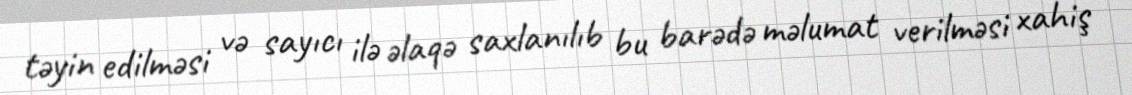
təyin edilməsi və sayıcı ilə əlaqə saxlanılıb bu barədə məlumat verilməsi xahiş